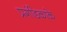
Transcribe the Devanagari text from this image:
प्रगंडिकाके